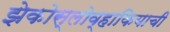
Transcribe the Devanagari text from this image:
झेकोस्लोव्हाकियाची